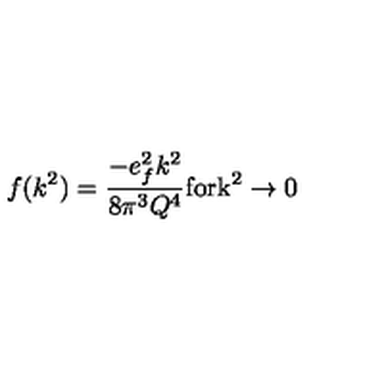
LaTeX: f ( k ^ { 2 } ) = \frac { - e _ { f } ^ { 2 } k ^ { 2 } } { 8 \pi ^ { 3 } Q ^ { 4 } } \mathrm { f o r k ^ { 2 } \rightarrow 0 }